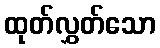
ထုတ်လွှတ်သော